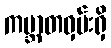
ကမ္ဘာတဝှမ်းရှိ